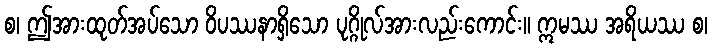
စ၊ ဤအားထုတ်အပ်သော ဝိပဿနာရှိသော ပုဂ္ဂိုလ်အားလည်းကောင်း။ ဣမဿ အရိယဿ စ၊